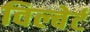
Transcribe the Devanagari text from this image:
विल्बेर्ट